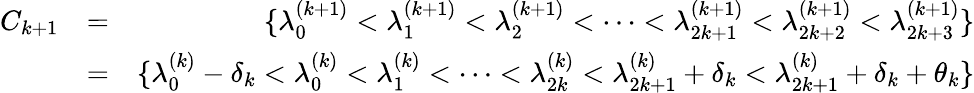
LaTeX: \begin{array}{rlr}{C_{k+1}}&{=}&{\{ \lambda_{0}^{(k+1)}<\lambda_{1}^{(k+1)}<\lambda_{2}^{(k+1)}<\cdots<\lambda_{2k+1}^{(k+1)}<\lambda_{2k+2}^{(k+1)}<\lambda_{2k+3}^{(k+1)}\} }\\ &{=}&{\{ \lambda_{0}^{(k)}-\delta_{k}<\lambda_{0}^{(k)}<\lambda_{1}^{(k)}<\cdots<\lambda_{2k}^{(k)}<\lambda_{2k+1}^{(k)}+\delta_{k}<\lambda_{2k+1}^{(k)}+\delta_{k}+\theta_{k}\} }\end{array}